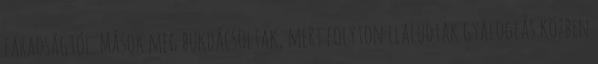
fáradságtól. Mások meg bukdácsoltak, mert folyton elaludtak gyaloglás közben